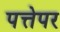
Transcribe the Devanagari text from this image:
पत्तेपर